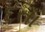
દતા